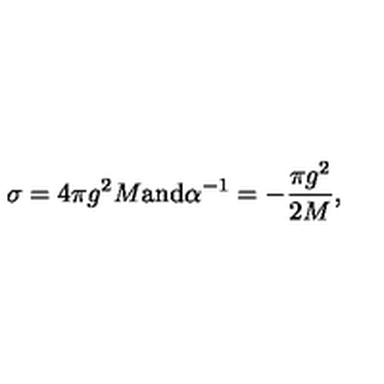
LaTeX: \sigma = 4 \pi g ^ { 2 } M \mathrm { a n d } \alpha ^ { - 1 } = - \frac { \pi g ^ { 2 } } { 2 M } ,